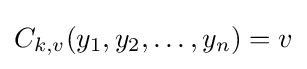
C_{k,v}(y_{1},y_{2},\dots ,y_{n})=v